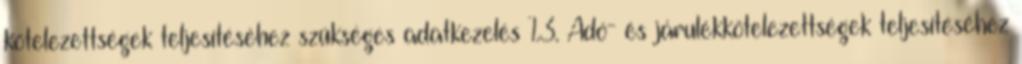
kötelezettségek teljesítéséhez szükséges adatkezelés 1.3. Adó- és járulékkötelezettségek teljesítéséhez